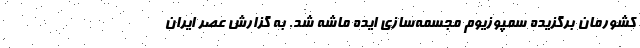
کشورمان برگزیده سمپوزیوم مجسمه‌سازی ایده ماشه شد. به گزارش عصر ایران